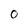
Character: O